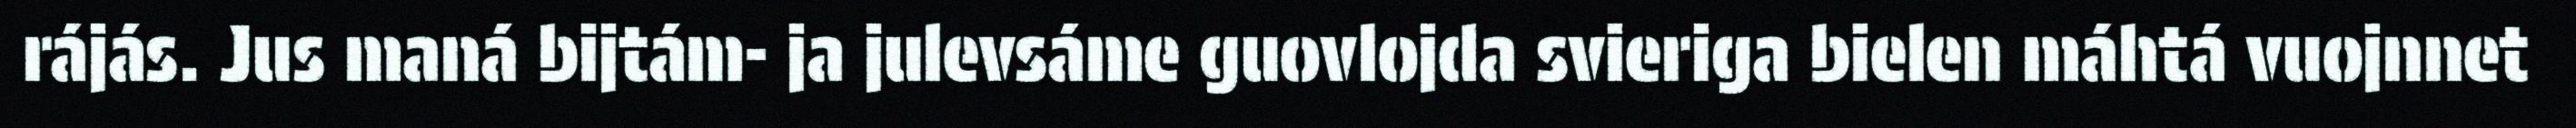
rájás. Jus maná bijtám- ja julevsáme guovlojda svieriga bielen máhtá vuojnnet